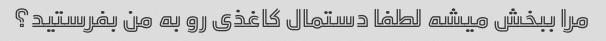
مرا ببخش میشه لطفا دستمال کاغذی رو به من بفرستید؟